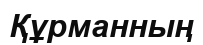
Құрманның